Civil Veterinary Department. Central Provinces & Berar 1925-31 - 1925-1931
Year: 1925
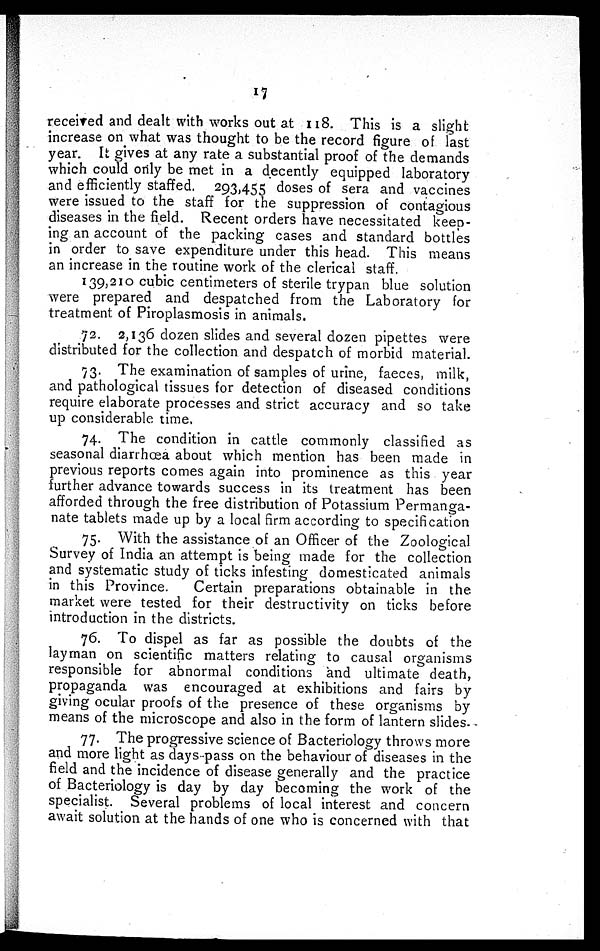
17
received and dealt with works out at 118. This is a slight
increase on what was thought to be the record figure of last
year. It gives at any rate a substantial proof of the demands
which could only be met in a decently equipped laboratory
and efficiently staffed. 293,455 doses of sera and vaccines
were issued to the staff for the suppression of contagious
diseases in the field. Recent orders have necessitated keep-
ing an account of the packing cases and standard bottles
in order to save expenditure under this head. This means
an increase in the routine work of the clerical staff.
139,210 cubic centimeters of sterile trypan blue solution
were prepared and despatched from the Laboratory for
treatment of Piroplasmosis in animals.
72. 2,136 dozen slides and several dozen pipettes were
distributed for the collection and despatch of morbid material.
73. The examination of samples of urine, faeces, milk,
and pathological tissues for detection of diseased conditions
require elaborate processes and strict accuracy and so take
up considerable time.
74. The condition in cattle commonly classified as
seasonal diarrhœa about which mention has been made in
previous reports comes again into prominence as this year
further advance towards success in its treatment has been
afforded through the free distribution of Potassium Permanga-
nate tablets made up by a local firm according to specification
75. With the assistance of an Officer of the Zoological
Survey of India an attempt is being made for the collection
and systematic study of ticks infesting domesticated animals
in this Province.
Certain preparations obtainable in the
market were tested for their destructivity on ticks before
introduction in the districts.
76. To dispel as far as possible the doubts of the
layman on scientific matters relating to causal organisms
responsible for abnormal conditions and ultimate death,
propaganda was encouraged at exhibitions and fairs by
giving ocular proofs of the presence of these organisms by
means of the microscope and also in the form of lantern slides.
77. The progressive science of Bacteriology throws more
and more light as days-pass on the behaviour of diseases in the
field and the incidence of disease generally and the practice
of Bacteriology is day by day becoming the work of the
specialist. Several problems of local interest and concern
await solution at the hands of one who is concerned with that